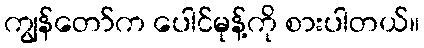
ကျွန်တော်က ပေါင်မုန့်ကို စားပါတယ်။